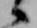
候